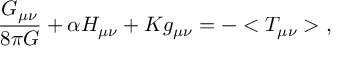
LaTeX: \frac { G _ { \mu \nu } } { 8 \pi G } + \alpha H _ { \mu \nu } + K g _ { \mu \nu } = - < T _ { \mu \nu } > \; ,